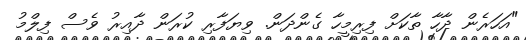
"އަހަރެން ދާހާ ތާކަށް ފިރިމީހާ ގެންދަން. ވިޔަފާރި ކުރަން ދާއިރު ވެސް ފިލްމު